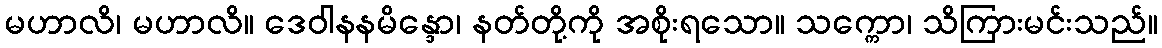
မဟာလိ၊ မဟာလိ။ ဒေဝါနနမိန္ဒော၊ နတ်တို့ကို အစိုးရသော။ သက္ကော၊ သိကြားမင်းသည်။